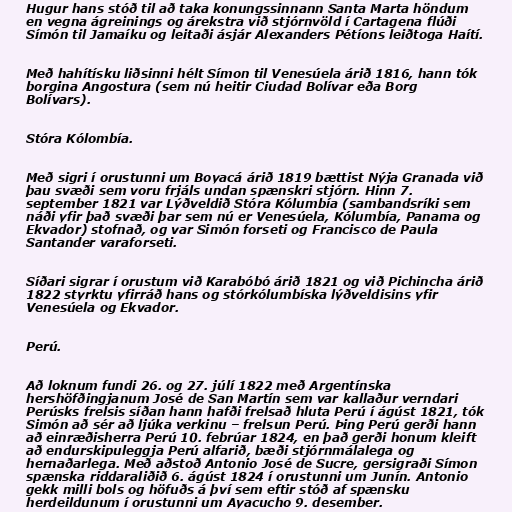
Hugur hans stóð til að taka konungssinnann Santa Marta höndum
en vegna ágreinings og árekstra við stjórnvöld í Cartagena flúði
Símón til Jamaíku og leitaði ásjár Alexanders Pétíons leiðtoga Haítí.

Með hahítísku liðsinni hélt Símon til Venesúela árið 1816, hann tók
borgina Angostura (sem nú heitir Ciudad Bolívar eða Borg
Bolívars).

Stóra Kólombía.

Með sigri í orustunni um Boyacá árið 1819 bættist Nýja Granada við
þau svæði sem voru frjáls undan spænskri stjórn. Hinn 7.
september 1821 var Lýðveldið Stóra Kólumbía (sambandsríki sem
náði yfir það svæði þar sem nú er Venesúela, Kólumbía, Panama og
Ekvador) stofnað, og var Simón forseti og Francisco de Paula
Santander varaforseti.

Síðari sigrar í orustum við Karabóbó árið 1821 og við Pichincha árið
1822 styrktu yfirráð hans og stórkólumbíska lýðveldisins yfir
Venesúela og Ekvador.

Perú.

Að loknum fundi 26. og 27. júlí 1822 með Argentínska
hershöfðingjanum José de San Martín sem var kallaður verndari
Perúsks frelsis síðan hann hafði frelsað hluta Perú í ágúst 1821, tók
Simón að sér að ljúka verkinu – frelsun Perú. Þing Perú gerði hann
að einræðisherra Perú 10. febrúar 1824, en það gerði honum kleift
að endurskipuleggja Perú alfarið, bæði stjórnmálalega og
hernaðarlega. Með aðstoð Antonio José de Sucre, gersigraði Símon
spænska riddaraliðið 6. ágúst 1824 í orustunni um Junín. Antonio
gekk milli bols og höfuðs á því sem eftir stóð af spænsku
herdeildunum í orustunni um Ayacucho 9. desember.